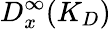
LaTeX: D_{x}^{\infty}(K_{D})